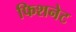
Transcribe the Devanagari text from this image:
फिशनेट